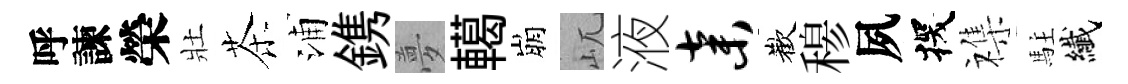
呼諫榮壯茶浦鎸夢轕崩屼液弃歡𥠇夙探襍駐纎